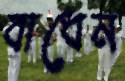
বাধেন